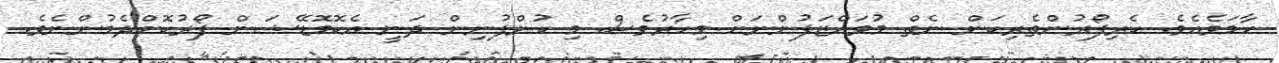
ހާމަވެއެވެ. ކެރިފޯރުންތެރިކަން ނެތް މުވައްޒަފުންނަށް މިހާރުވެސް މި ކުންފުނިން ދަނީ އެކޮމޮޑޭޝަން ފޯރުކޮށްދެމުންނެވެ.